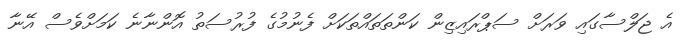
އެ ޖަލްސާގައި ވަރަށް ސަޕްރައިޒިން ކަންތަތައްތަކަށް ފެނުމުގެ ފުރުސަތު އޮންނާނެ ކަމަށްވެސް އޭނާ